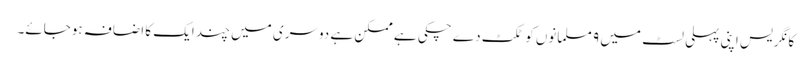
کانگریس اپنی پہلی لسٹ میں ۹ مسلمانوں کو ٹکٹ دے چکی ہے ممکن ہے دوسری میں چند ایک کا اضافہ ہوجائے۔